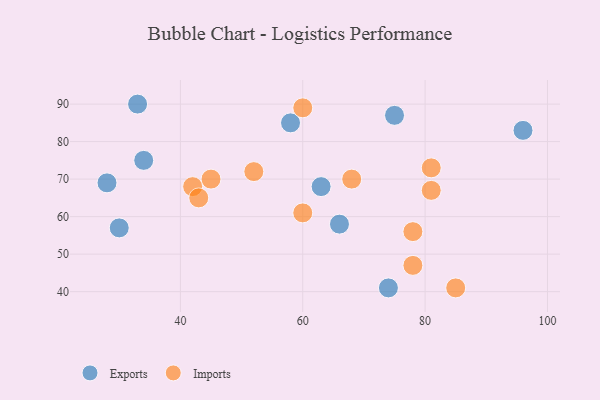
{"axis": {"x": "GDP", "y": "Life Expectancy"}, "legend": ["Exports", "Imports"], "data": [{"x": "75", "y": 87, "type": "Exports"}, {"x": "30", "y": 57, "type": "Exports"}, {"x": "63", "y": 68, "type": "Exports"}, {"x": "66", "y": 58, "type": "Exports"}, {"x": "96", "y": 83, "type": "Exports"}, {"x": "28", "y": 69, "type": "Exports"}, {"x": "34", "y": 75, "type": "Exports"}, {"x": "74", "y": 41, "type": "Exports"}, {"x": "58", "y": 85, "type": "Exports"}, {"x": "33", "y": 90, "type": "Exports"}, {"x": "78", "y": 47, "type": "Imports"}, {"x": "60", "y": 61, "type": "Imports"}, {"x": "78", "y": 56, "type": "Imports"}, {"x": "81", "y": 67, "type": "Imports"}, {"x": "45", "y": 70, "type": "Imports"}, {"x": "68", "y": 70, "type": "Imports"}, {"x": "42", "y": 68, "type": "Imports"}, {"x": "43", "y": 65, "type": "Imports"}, {"x": "60", "y": 89, "type": "Imports"}, {"x": "85", "y": 41, "type": "Imports"}, {"x": "81", "y": 73, "type": "Imports"}, {"x": "52", "y": 72, "type": "Imports"}]}